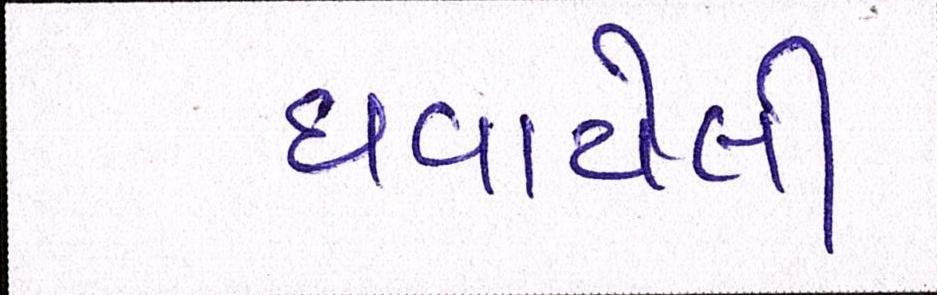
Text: ઘવાયેલી